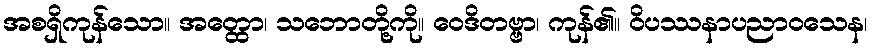
အစရှိကုန်သော။ အတ္ထော၊ သဘောတို့ကို။ ဝေဒိတဗ္ဗာ၊ ကုန်၏။ ဝိပဿနာပညာဝသေန၊